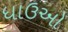
ધાઉઓ